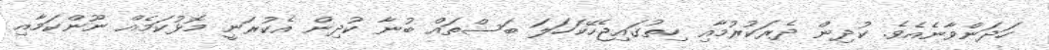
ހަދަންވާނެއެވެ. ކުދިން ދެރަކުރުމާއި ހިތުގައިޖެހޭކަހަލަ ބަސްތައް ބުނާ ކުދިން އެކުރަނީ މޮޅުކަމެއް ނޫންކަމާއި